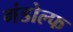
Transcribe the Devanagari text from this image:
गंडोल्फ